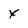
Character: x